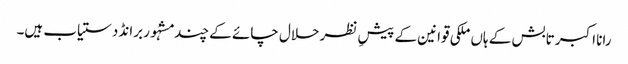
رانا اکبر تابش کے ہاں ملکی قوانین کے پیشِ نظر حلال چائے کے چند مشہُور برانڈ دستیاب ہیں۔